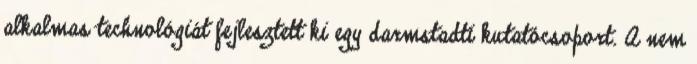
alkalmas technológiát fejlesztett ki egy darmstadti kutatócsoport. A nem